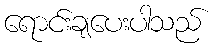
ရောင်းချပေးပါသည်